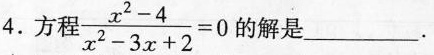
4.方程 $$\ frac{x^{2} - 4}{x^{2} - 3x + 2} = 0$$ 的解是___.